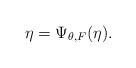
LaTeX: \begin{align*}\eta= \Psi_{\theta,F}(\eta).\end{align*}